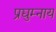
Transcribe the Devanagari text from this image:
प्रद्युम्नाय